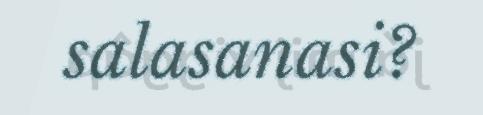
salasanasi?